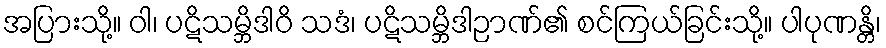
အပြားသို့။ ဝါ၊ ပဋိသမ္ဘိဒါဝိ သဒံ၊ ပဋိသမ္ဘိဒါဉာဏ်၏ စင်ကြယ်ခြင်းသို့။ ပါပုဏန္တိ၊